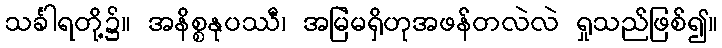
သင်္ခါရတို့၌။ အနိစ္စနုပဿီ၊ အမြဲမရှိဟုအဖန်တလဲလဲ ရှုသည်ဖြစ်၍။